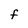
Character: F